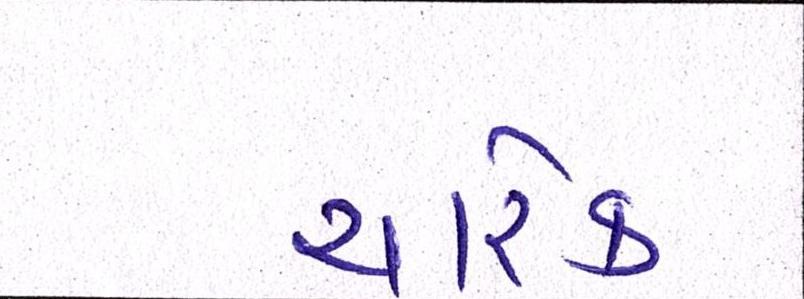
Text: ચારેક